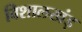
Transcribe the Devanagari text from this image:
विशालखंड़